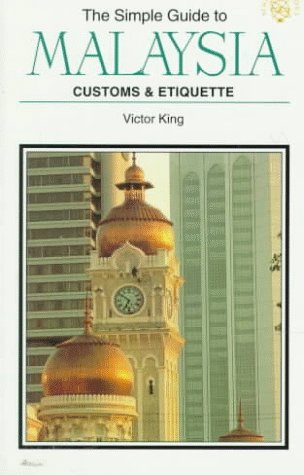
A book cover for SIMPLE GT MALAYSIA-PB-OP (Simple Guides Customs and Etiquette); Victor King; Travel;